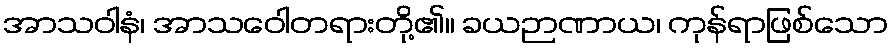
အာသဝါနံ၊ အာသဝေါတရားတို့၏။ ခယဉာဏာယ၊ ကုန်ရာဖြစ်သော